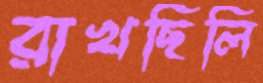
রাখছিলি